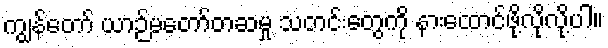
ကျွန်တော် ယာဉ်မတော်တဆမှု သတင်းတွေကို နားထောင်ဖို့လိုလို့ပါ။